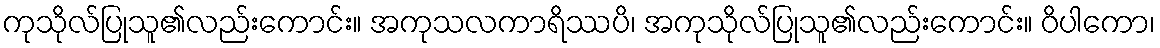
ကုသိုလ်ပြုသူ၏လည်းကောင်း။ အကုသလကာရိဿပိ၊ အကုသိုလ်ပြုသူ၏လည်းကောင်း။ ဝိပါကော၊